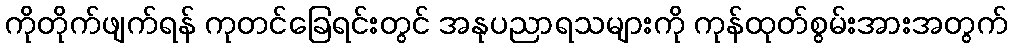
ကိုတိုက်ဖျက်ရန် ကုတင်ခြေရင်းတွင် အနုပညာရသများကို ကုန်ထုတ်စွမ်းအားအတွက်